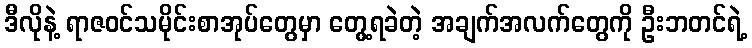
ဒီလိုနဲ့ ရာဇဝင်သမိုင်းစာအုပ်တွေမှာ တွေ့ရခဲတဲ့ အချက်အလက်တွေကို ဦးဘတင်ရဲ့